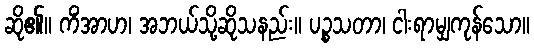
ဆို၏။ ကိံအာဟ၊ အဘယ်သို့ဆိုသနည်း။ ပဉ္စသတာ၊ ငါးရာမျှကုန်သော။